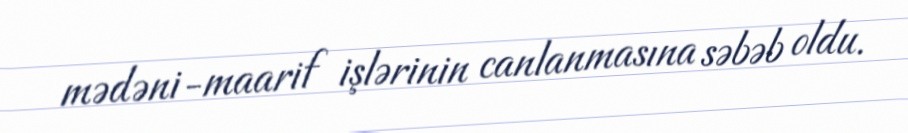
mədəni-maarif işlərinin canlanmasına səbəb oldu.